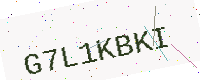
Text: G7L1KBKI